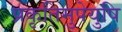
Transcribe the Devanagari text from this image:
प्रकृतिमुपेयुषि